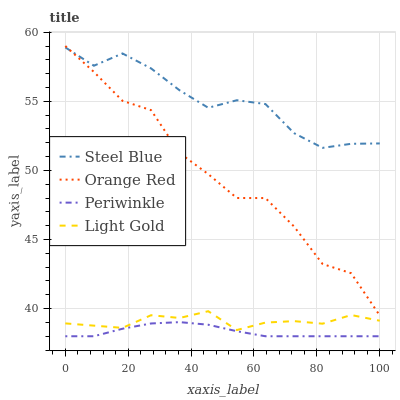
| xaxis_label | Steel Blue | Orange Red | Periwinkle | Light Gold |
 | --- | --- | --- | --- | --- |
 | 0 | 58.9 | 59 | 38 | 38.9 |
 | 9.09 | 57.6 | 57.1 | 38 | 38.8 |
 | 18.2 | 58.5 | 55 | 38.5 | 38.6 |
 | 27.3 | 57.4 | 54.4 | 38.9 | 39.5 |
 | 36.4 | 55.8 | 51.2 | 39 | 39.3 |
 | 45.5 | 54.5 | 49.7 | 38.8 | 39.8 |
 | 54.5 | 55.1 | 48 | 38.4 | 38.4 |
 | 63.6 | 54.8 | 48 | 38 | 39 |
 | 72.7 | 52.7 | 45.9 | 38 | 39.1 |
 | 81.8 | 51.6 | 43.2 | 38 | 38.9 |
 | 90.9 | 51.9 | 42.6 | 38 | 39.5 |
 | 100 | 52 | 39.5 | 38 | 39.1 |